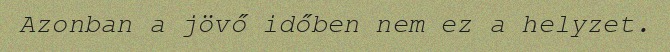
Azonban a jövő időben nem ez a helyzet.